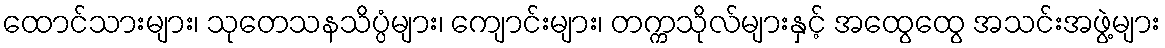
ထောင်သားများ၊ သုတေသနသိပ္ပံများ၊ ကျောင်းများ၊ တက္ကသိုလ်များနှင့် အထွေထွေ အသင်းအဖွဲ့များ